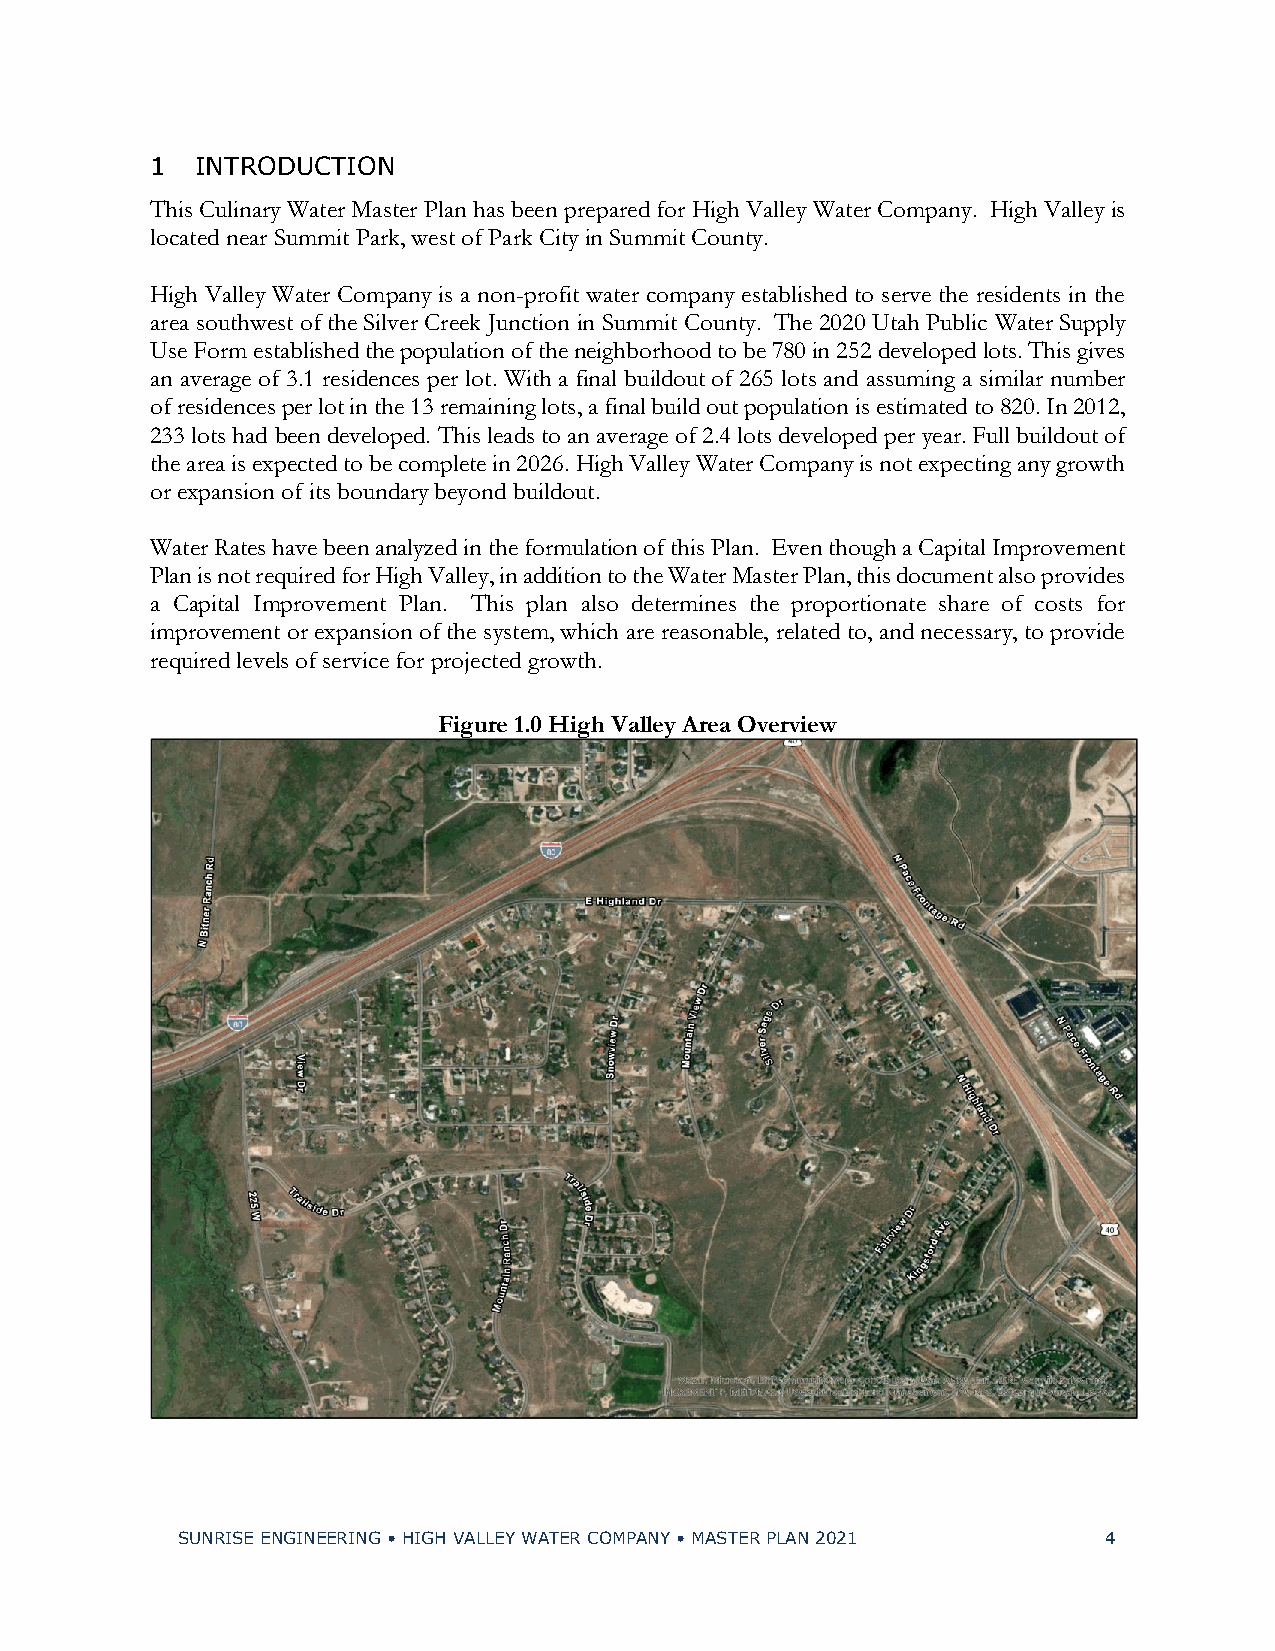
1  INTRODUCTION
 This Culinary Water Master Plan has been prepared for High Valley Water Company. High Valley is
 located near Summit Park, west of Park City in Summit County.
 High Valley Water Company is a non-profit water company established to serve the residents in the
 area southwest of the Silver Creek Junction in Summit County. The 2020 Utah Public Water Supply
 Use Form established the population of the neighborhood to be 780 in 252 developed lots. This gives
 an average of 3.1 residences per lot. With a final buildout of 265 lots and assuming a similar number
 of residences per lot in the 13 remaining lots, a final build out population is estimated to 820. In 2012,
 233 lots had been developed. This leads to an average of 2.4 lots developed per year. Full buildout of
 the area is expected to be complete in 2026. High Valley Water Company is not expecting any growth
 or expansion of its boundary beyond buildout.
 Water Rates have been analyzed in the formulation of this Plan. Even though a Capital Improvement
 Plan is not required for High Valley, in addition to the Water Master Plan, this document also provides
 a Capital Improvement Plan. This plan also determines the proportionate share of costs for
 improvement or expansion of the system, which are reasonable, related to, and necessary, to provide
 required levels of service for projected growth.
 Figure 1.0 High Valley Area Overview
 SUNRISE ENGINEERING • HIGH VALLEY WATER COMPANY • MASTER PLAN 2021 4